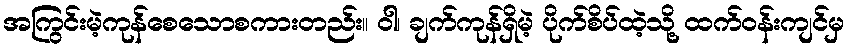
အကြွင်းမဲ့ကုန်စေသောစကားတည်း။ ဝါ၊ ချက်ကုန်ရှိမဲ့ ပိုက်စိပ်ထဲ့သို့ ထက်ဝန်းကျင်မှ